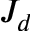
J _ { d }